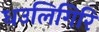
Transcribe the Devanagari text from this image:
धउलिगिरि